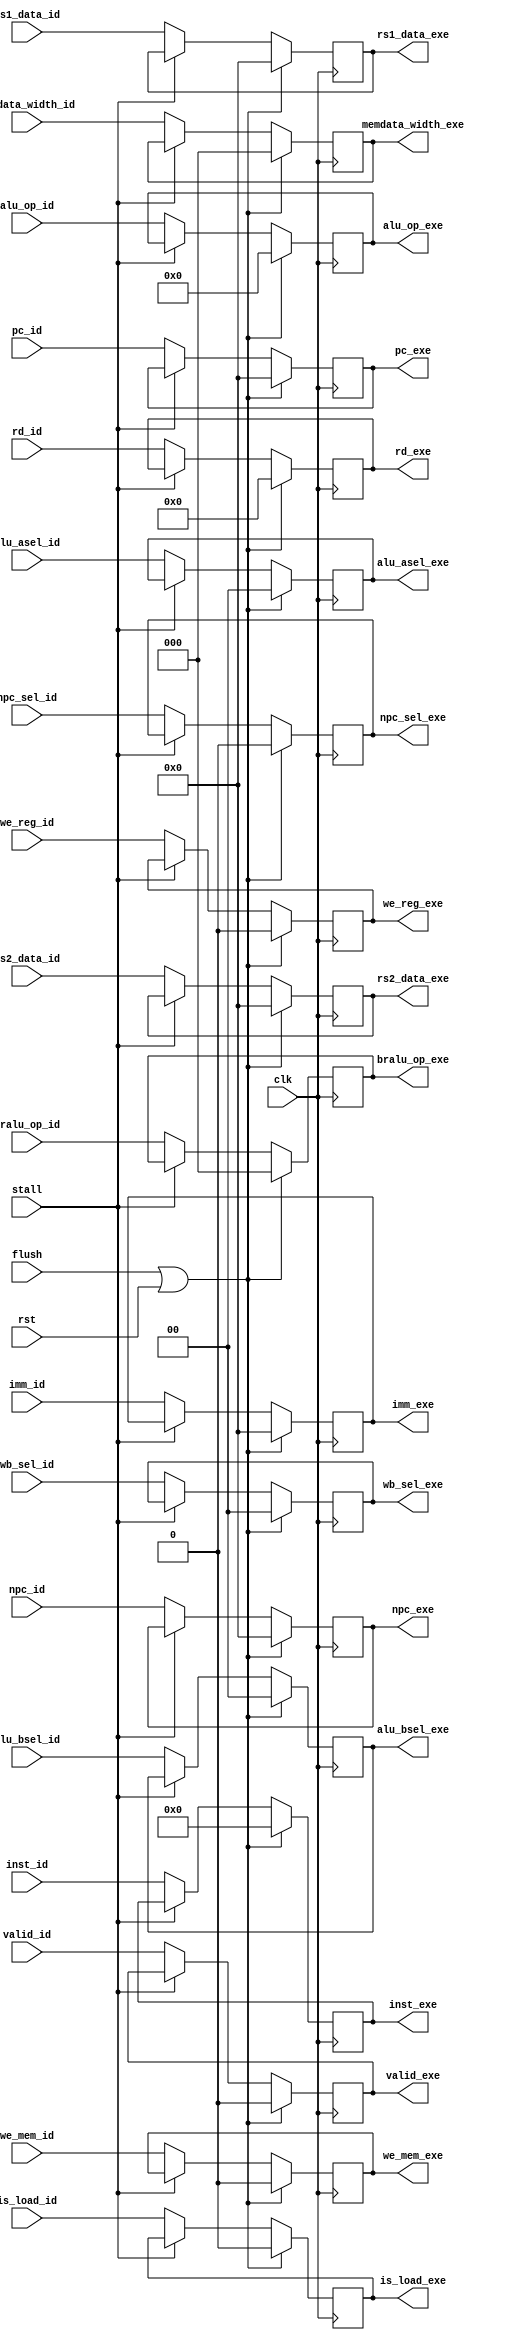
`timescale 1ns/1ps

module ID_EXE_Reg(
    input clk,
    input flush,
    input stall,
    input rst,
    input valid_id,
    output reg valid_exe,
//
    input [63:0]pc_id,
    input [63:0]npc_id,
    input [31:0]inst_id,
    output reg [63:0]pc_exe,   
    output reg [63:0]npc_exe,
    output reg [31:0]inst_exe,
//
    input is_load_id,
    input we_reg_id,
    input we_mem_id,
    input npc_sel_id,
    input [1:0]alu_asel_id,
    input [1:0]alu_bsel_id,
    input [1:0]wb_sel_id,
    input [2:0]bralu_op_id,
    input [2:0]memdata_width_id,
    input [3:0]alu_op_id,
    output reg is_load_exe,
    output reg we_reg_exe,
    output reg we_mem_exe,
    output reg npc_sel_exe,
    output reg [1:0]alu_asel_exe,
    output reg [1:0]alu_bsel_exe,
    output reg [1:0]wb_sel_exe,
    output reg [2:0]bralu_op_exe,
    output reg [2:0]memdata_width_exe,
    output reg [3:0]alu_op_exe,
//
    input [4:0]rd_id,
    input [63:0]rs1_data_id,
    input [63:0]rs2_data_id,
    input [63:0]imm_id,
    output reg [4:0]rd_exe,
    output reg [63:0]rs1_data_exe,
    output reg [63:0]rs2_data_exe,
    output reg [63:0]imm_exe
);

    always @(posedge clk) begin
        if (flush || rst) begin  //
            pc_exe <= 0;
            npc_exe <= 0;
            inst_exe <= 0;
            valid_exe <= 0;

            is_load_exe <= 0;
            we_reg_exe <= 0;
            we_mem_exe <= 0;
            npc_sel_exe <= 0;
            alu_asel_exe <= 0;
            alu_bsel_exe <= 0;
            wb_sel_exe <= 0;
            bralu_op_exe <= 0;
            memdata_width_exe <= 0;
            alu_op_exe <= 0;

            rd_exe <= 0;
            rs1_data_exe <= 0;
            rs2_data_exe <= 0;
            imm_exe <= 0;
        end
        else begin      //
            if (stall) begin
                pc_exe <= pc_exe;
                npc_exe <= npc_exe;
                inst_exe <= inst_exe;
                valid_exe <= valid_exe;

                is_load_exe <= is_load_exe;
                we_reg_exe <= we_reg_exe;
                we_mem_exe <= we_mem_exe;
                npc_sel_exe <= npc_sel_exe;
                alu_asel_exe <= alu_asel_exe;
                alu_bsel_exe <= alu_bsel_exe;
                wb_sel_exe <= wb_sel_exe;
                bralu_op_exe <= bralu_op_exe;
                memdata_width_exe <= memdata_width_exe;
                alu_op_exe <= alu_op_exe;

                rd_exe <= rd_exe;
                rs1_data_exe <= rs1_data_exe;
                rs2_data_exe <= rs2_data_exe;
                imm_exe <= imm_exe;
            end
            else begin
                pc_exe <= pc_id;
                npc_exe <= npc_id;
                inst_exe <= inst_id;
                valid_exe <= valid_id;

                is_load_exe <= is_load_id;
                we_reg_exe <= we_reg_id;
                we_mem_exe <= we_mem_id;
                npc_sel_exe <= npc_sel_id;
                alu_asel_exe <= alu_asel_id;
                alu_bsel_exe <= alu_bsel_id;
                wb_sel_exe <= wb_sel_id;
                bralu_op_exe <= bralu_op_id;
                memdata_width_exe <= memdata_width_id;
                alu_op_exe <= alu_op_id;
                
                rd_exe <= rd_id;
                rs1_data_exe <= rs1_data_id;
                rs2_data_exe <= rs2_data_id;
                imm_exe <= imm_id;
            end
        end
    end

endmodule